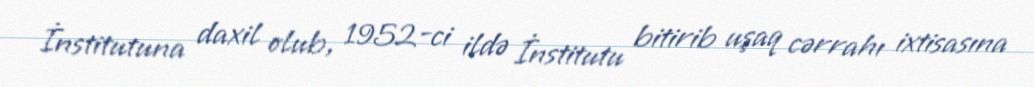
İnstitutuna daxil olub, 1952-ci ildə İnstitutu bitirib uşaq cərrahı ixtisasına